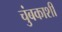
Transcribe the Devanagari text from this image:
चुंबकाशी